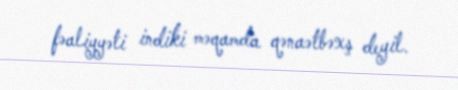
fəaliyyəti indiki məqamda qənaətbəxş deyil.